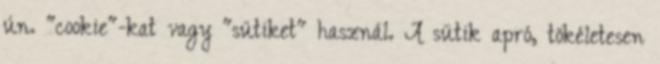
ún. "cookie"-kat vagy "sütiket" használ. A sütik apró, tökéletesen